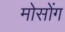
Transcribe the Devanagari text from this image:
मोसोंग